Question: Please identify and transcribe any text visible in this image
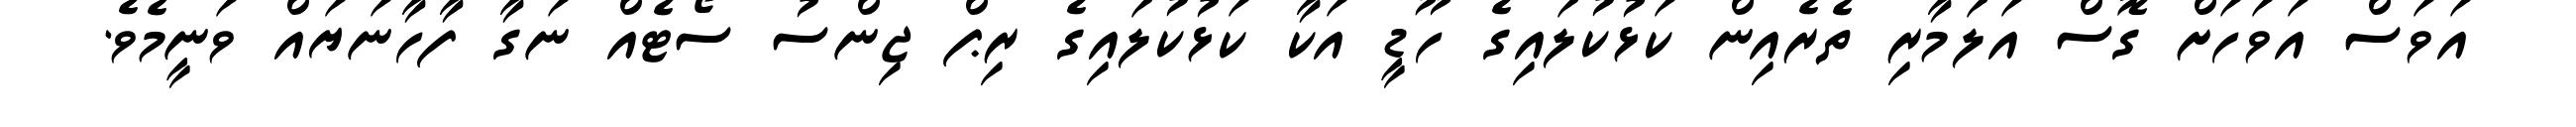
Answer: އަވަސް އަވަހަށް ގޮސް އަލަމާރި ތެރެއިން ކަޅުކުލައިގެ ހޫޑީ އަކާ ކަޅުކުލައިގެ ރިޕް ޖިންސު ސޯޓެއް ނަގާ ފާހާނަޔައް ވަނީމެވެ.